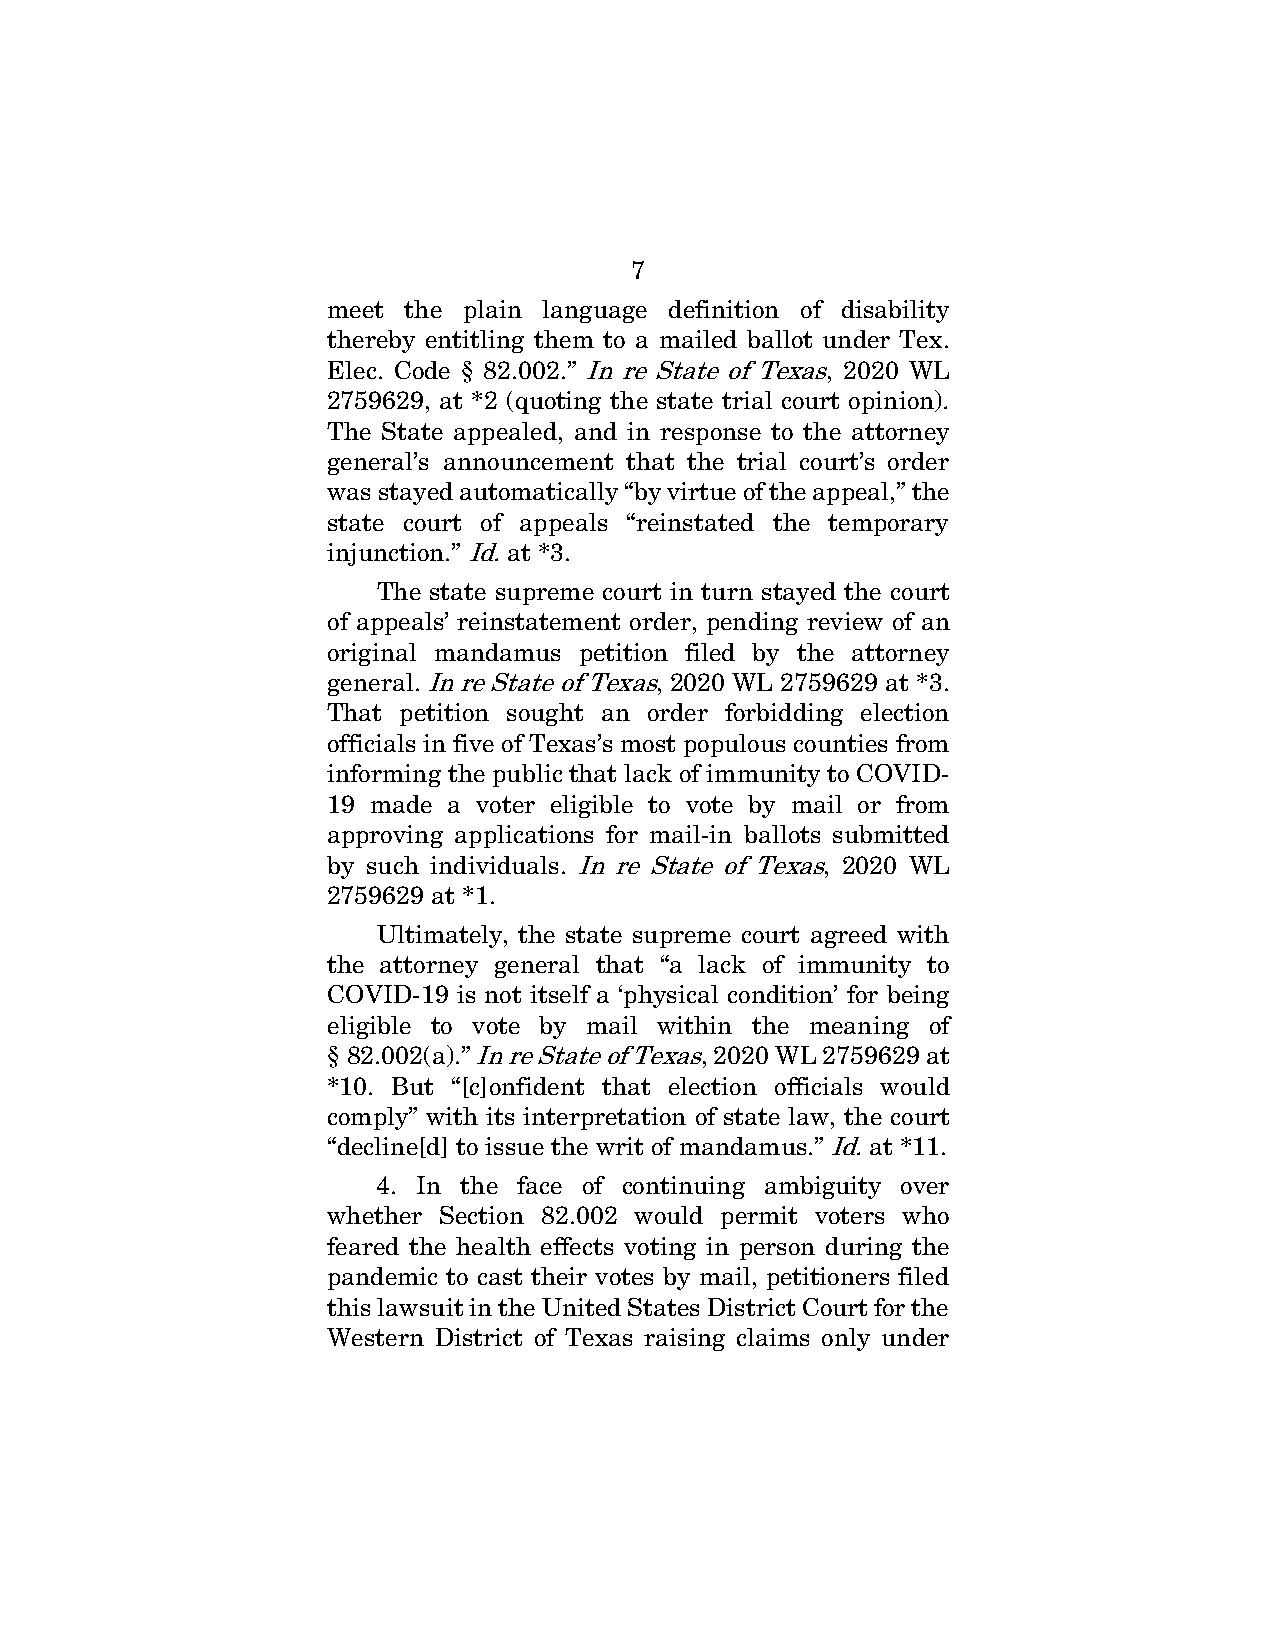
7
 meet the plain language definition of disability
 thereby entitling them to a mailed ballot under Tex.
 Elec. Code § 82.002.” In re State of Texas, 2020 WL
 2759629, at *2 (quoting the state trial court opinion).
 The State appealed, and in response to the attorney
 general’s announcement that the trial court’s order
 was stayed automatically “by virtue of the appeal,” the
 state court of appeals “reinstated the temporary
 injunction.” Id. at *3.
 The state supreme court in turn stayed the court
 of appeals’ reinstatement order, pending review of an
 original mandamus petition filed by the attorney
 general. In re State of Texas, 2020 WL 2759629 at *3.
 That petition sought an order forbidding election
 officials in five of Texas’s most populous counties from
 informing the public that lack of immunity to COVID-
 19 made a voter eligible to vote by mail or from
 approving applications for mail-in ballots submitted
 by such individuals. In re State of Texas, 2020 WL
 2759629 at *1.
 Ultimately, the state supreme court agreed with
 the attorney general that “a lack of immunity to
 COVID-19 is not itself a ‘physical condition’ for being
 eligible to vote by mail within the meaning of
 § 82.002(a).” In re State of Texas, 2020 WL 2759629 at
 *10. But “[c]onfident that election officials would
 comply” with its interpretation of state law, the court
 “decline[d] to issue the writ of mandamus.” Id. at *11.
 4. In the face of continuing ambiguity over
 whether Section 82.002 would permit voters who
 feared the health effects voting in person during the
 pandemic to cast their votes by mail, petitioners filed
 this lawsuit in the United States District Court for the
 Western District of Texas raising claims only under